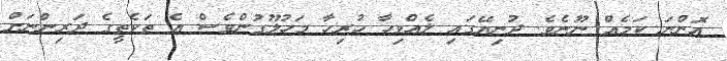
އޮންނަ ކަމެއް ނޫނެވެ. ދުނިޔޭގައި ލެއްވިހާ ހުރިހާ މަހުލޫގުންވެސް އެ ތަކެތީގެ ދަރިންނަށް